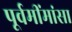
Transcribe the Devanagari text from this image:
पूर्वमींमांसा